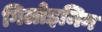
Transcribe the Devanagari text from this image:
गिलोइमिन